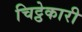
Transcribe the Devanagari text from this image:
चिट्ठेकारी